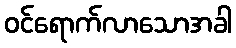
ဝင်ရောက်လာသောအခါ